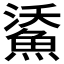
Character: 𩷯